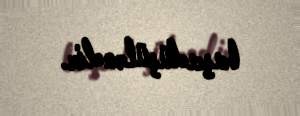
başadüşüləndir.